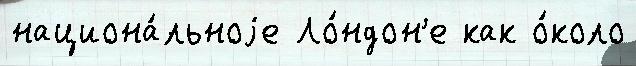
национа́льноjе Ло́ндон'е как о́коло